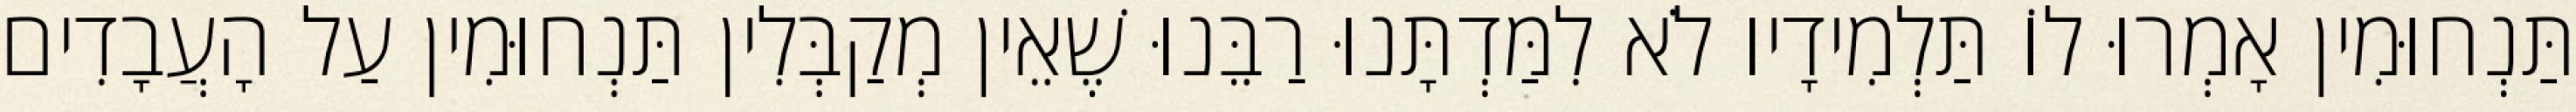
תַּנְחוּמִין אָמְרוּ לוֹ תַּלְמִידָיו לֹא לִמַּדְתָּנוּ רַבֵּנוּ שֶׁאֵין מְקַבְּלִין תַּנְחוּמִין עַל הָעֲבָדִים